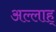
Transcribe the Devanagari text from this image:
अल्लाह्